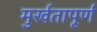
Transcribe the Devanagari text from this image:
मुर्खतापूर्ण